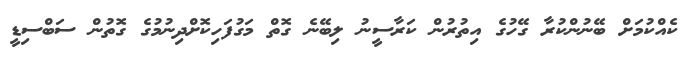
ކެއްކުމަށް ބޭނުންކުރާ ގޭހުގެ އިތުރުން ކަރާސީނު ލިބޭނެ ގޮތް މަގުފަހިކޮށްދިނުމުގެ ގޮތުން ސަބްސިޑީ